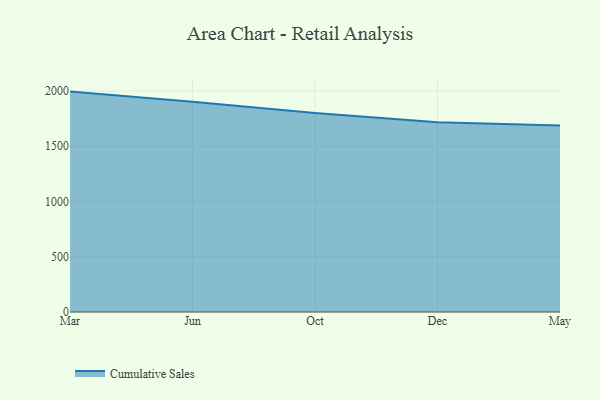
{"axis": {"x": "Month", "y": "Website Visitors"}, "legend": ["Cumulative Sales"], "data": [{"x": "Mar", "y": 1994.3, "type": "Cumulative Sales"}, {"x": "Jun", "y": 1902.9, "type": "Cumulative Sales"}, {"x": "Oct", "y": 1799.6, "type": "Cumulative Sales"}, {"x": "Dec", "y": 1716.2, "type": "Cumulative Sales"}, {"x": "May", "y": 1686.8, "type": "Cumulative Sales"}]}